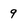
Character: 9